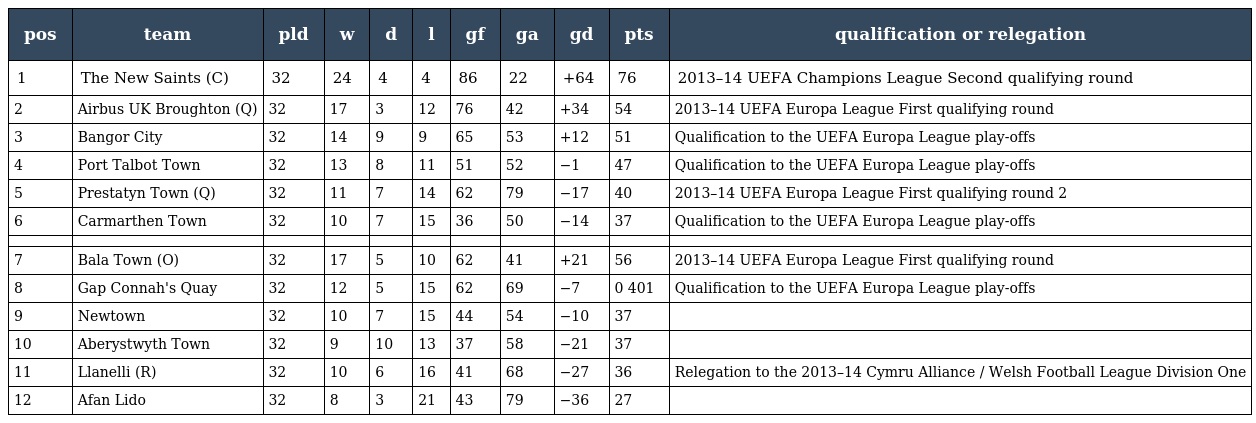
| pos | team | pld | w | d | l | gf | ga | gd | pts | qualification or relegation |
 | --- | --- | --- | --- | --- | --- | --- | --- | --- | --- | --- |
 | 1 | The New Saints (C) | 32 | 24 | 4 | 4 | 86 | 22 | +64 | 76 | 2013–14 UEFA Champions League Second qualifying round |
 | 2 | Airbus UK Broughton (Q) | 32 | 17 | 3 | 12 | 76 | 42 | +34 | 54 | 2013–14 UEFA Europa League First qualifying round |
 | 3 | Bangor City | 32 | 14 | 9 | 9 | 65 | 53 | +12 | 51 | Qualification to the UEFA Europa League play-offs |
 | 4 | Port Talbot Town | 32 | 13 | 8 | 11 | 51 | 52 | −1 | 47 | Qualification to the UEFA Europa League play-offs |
 | 5 | Prestatyn Town (Q) | 32 | 11 | 7 | 14 | 62 | 79 | −17 | 40 | 2013–14 UEFA Europa League First qualifying round 2 |
 | 6 | Carmarthen Town | 32 | 10 | 7 | 15 | 36 | 50 | −14 | 37 | Qualification to the UEFA Europa League play-offs |
 |  |  |  |  |  |  |  |  |  |  |  |
 | 7 | Bala Town (O) | 32 | 17 | 5 | 10 | 62 | 41 | +21 | 56 | 2013–14 UEFA Europa League First qualifying round |
 | 8 | Gap Connah's Quay | 32 | 12 | 5 | 15 | 62 | 69 | −7 | 0 401 | Qualification to the UEFA Europa League play-offs |
 | 9 | Newtown | 32 | 10 | 7 | 15 | 44 | 54 | −10 | 37 |  |
 | 10 | Aberystwyth Town | 32 | 9 | 10 | 13 | 37 | 58 | −21 | 37 |  |
 | 11 | Llanelli (R) | 32 | 10 | 6 | 16 | 41 | 68 | −27 | 36 | Relegation to the 2013–14 Cymru Alliance / Welsh Football League Division One |
 | 12 | Afan Lido | 32 | 8 | 3 | 21 | 43 | 79 | −36 | 27 |  |